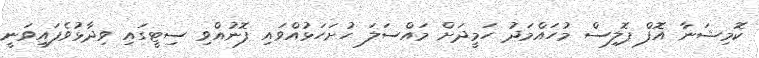
ކޮމިޝަނާ އޮފް ޕޮލިސް މުހައްމަދު ހަމީދަށް މައްސަލަ ހުށަހަޅުއްވައި ފޮނުއްވި ސިޓީގައި ވިދާޅުވެފައިވަނީ